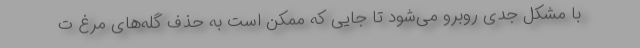
با مشکل جدی روبرو می‌شود تا جایی که ممکن است به حذف گله‌های مرغ ت